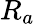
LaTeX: R_{a}